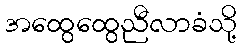
အထွေထွေညီလာခံသို့